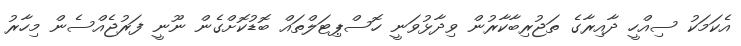
އެކަމަކު ސިއްހީ ދާއިރާގެ ތަޖުރިބާކާރުން ވިދާޅުވަނީ ހޮސްޕިޓަލްތައް ބޮޑުކޮށްގެން ނޫނީ ފަރުޖެއްސެން މިހާރު